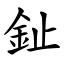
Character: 䤠